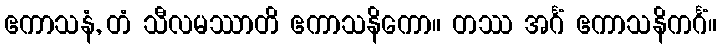
ဧကာသနံ, တံ သီလမဿာတိ ဧကာသနိကော။ တဿ အင်္ဂံ ဧကာသနိကင်္ဂံ။